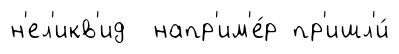
н'ел'икв'ид напр'им'е́р пр'ишл'и́